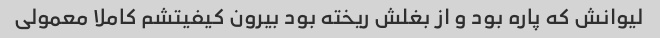
لیوانش که پاره بود و از بغلش ریخته بود بیرون کیفیتشم کاملا معمولی